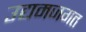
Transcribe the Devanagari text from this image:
उद्यमजगत